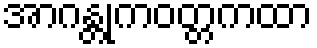
အာဂန္တုကဝတ္တကထာ